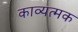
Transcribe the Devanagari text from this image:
काव्यत्मक